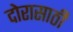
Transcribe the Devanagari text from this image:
दोरासाठी